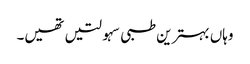
وہاں بہترین طبی سہولتیں تھیں۔